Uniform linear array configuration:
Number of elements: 32
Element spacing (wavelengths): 0.25
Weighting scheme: hann
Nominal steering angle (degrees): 45
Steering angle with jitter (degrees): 46.853
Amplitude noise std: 0.05
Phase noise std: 0.05

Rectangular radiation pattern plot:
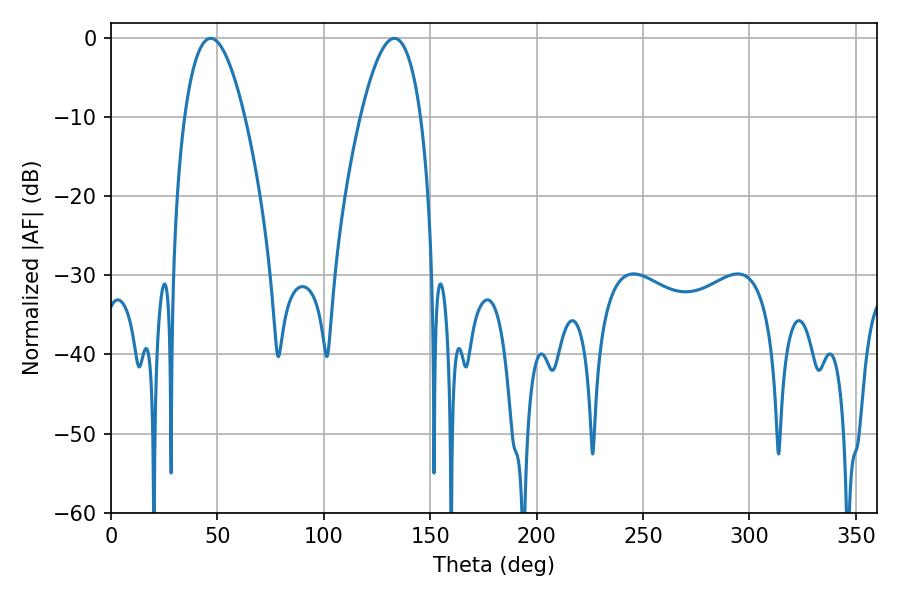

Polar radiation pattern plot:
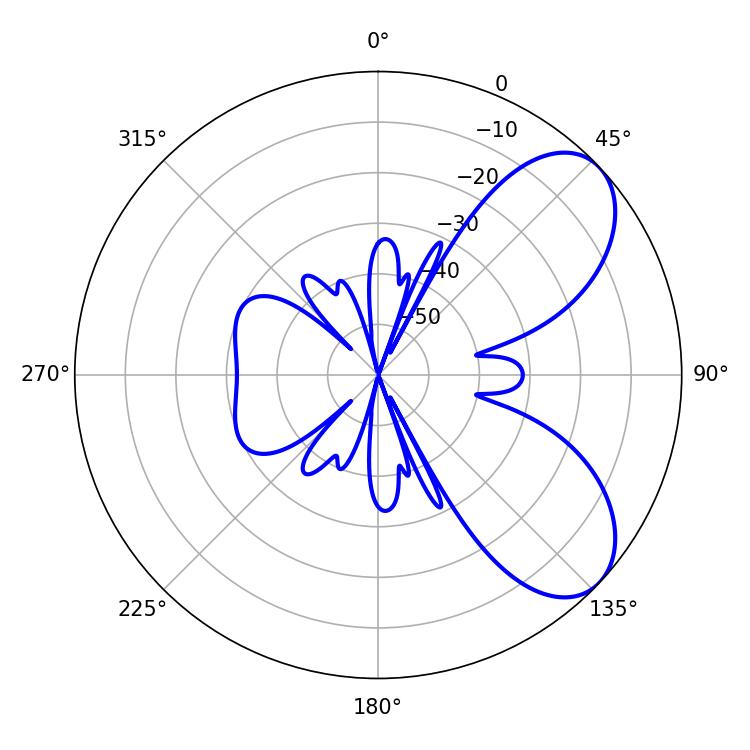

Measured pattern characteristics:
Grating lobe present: FALSE
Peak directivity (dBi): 6.69
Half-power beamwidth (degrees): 15.66
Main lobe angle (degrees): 46.8